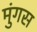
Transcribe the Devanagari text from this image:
मुंगस